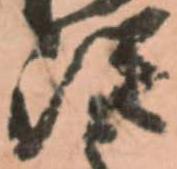
従